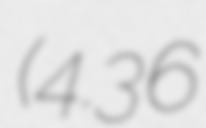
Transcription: (4.36